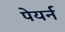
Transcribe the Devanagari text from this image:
पेयर्न